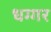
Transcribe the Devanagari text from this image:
धग्गर